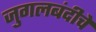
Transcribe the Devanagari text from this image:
जुगलबंदीचे